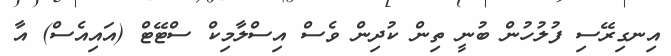
އިނގިރޭސި ފުލުހުން ބުނީ ތިން ކުދިން ވެސް އިސްލާމިކް ސްޓޭޓް (އައިއެސް) އާ